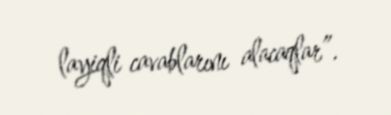
layiqli cavablarını alacaqlar”.